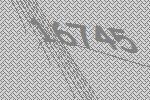
16745